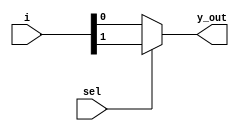
`timescale 1ns / 1ps
//////////////////////////////////////////////////////////////////////////////////
// Company: 
// Engineer: 
// 
// Design Name: 
// Module Name: mux_2_1
// Project Name: 
// Target Devices: 
// Tool Versions: 
// Description: 
// 
// Dependencies: 
// 
// Revision:
// Revision 0.01 - File Created
// Additional Comments:
// 
//////////////////////////////////////////////////////////////////////////////////


module mux_2_1(
    input [1:0] i,
    input sel,
    output y_out    
    );
    
    assign y_out= sel ? i[1] : i[0];
    
endmodule